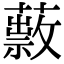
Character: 𦿎